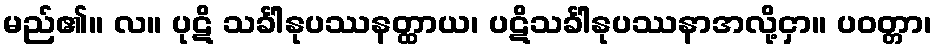
မည်၏။ လ။ ပုဋိ သင်္ခါနုပဿနတ္ထာယ၊ ပဋိသင်္ခါနုပဿနာအလို့ငှာ။ ပဝတ္တာ၊